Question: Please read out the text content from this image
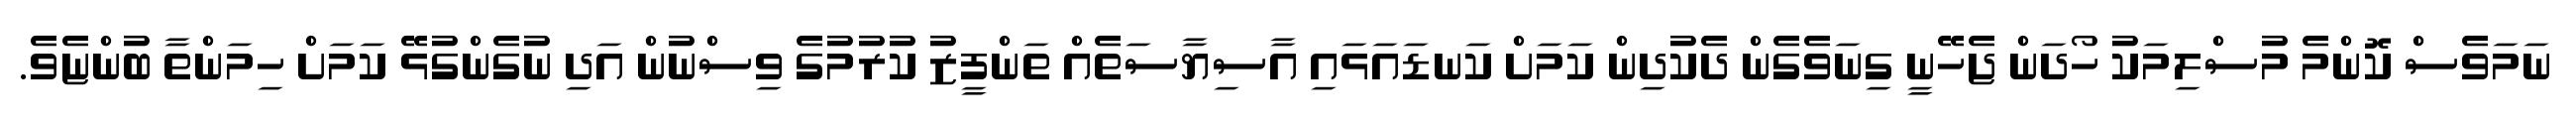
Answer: ނަމަވެސް ކޮންމެ މުސްލިމަކު ހޯދަން ޖެހޭނީ ގިނަވެގެން ދެކުދިން ކަމަށް ކަނޑައަޅައި އާސިޔާސަތެއް ތަންފީޒު ކުރުމުގެ ވިސްނުން އަދި ނުގެންގުޅޭ ކަމަށް ހިމަންތާ ބުންޏެވެ.